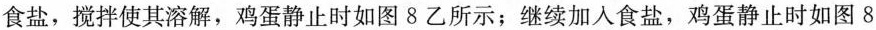
食盐，搅拌使其溶解，鸡蛋静止时如图8乙所示；继续加入食盐，鸡蛋静止时如图8